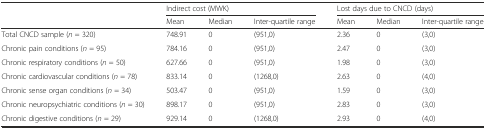
| <ROWSPAN=2>  | <COLSPAN=3> Indirect cost (MWK) | <COLSPAN=3> Lost days due to CNCD (days) |
 | Mean | Median | Inter-quartile range | Mean | Median | Inter-quartile range |
 | --- | --- | --- | --- | --- | --- | --- |
 | Total CNCD sample (n = 320) | 748.91 | 0 | (951,0) | 2.36 | 0 | (3,0) |
 | Chronic pain conditions (n = 95) | 784.16 | 0 | (951,0) | 2.47 | 0 | (3,0) |
 | Chronic respiratory conditions (n = 50) | 627.66 | 0 | (951,0) | 1.98 | 0 | (3,0) |
 | Chronic cardiovascular conditions (n = 78) | 833.14 | 0 | (1268,0) | 2.63 | 0 | (4,0) |
 | Chronic sense organ conditions (n = 34) | 503.47 | 0 | (951,0) | 1.59 | 0 | (3,0) |
 | Chronic neuropsychiatric conditions (n = 30) | 898.17 | 0 | (951,0) | 2.83 | 0 | (3,0) |
 | Chronic digestive conditions (n = 29) | 929.14 | 0 | (1268,0) | 2.93 | 0 | (4,0) |